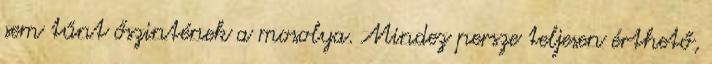
sem tűnt őszintének a mosolya. Mindez persze teljesen érthető,